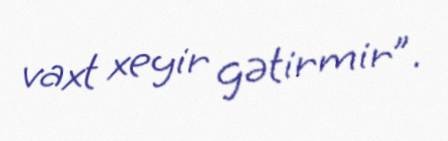
vaxt xeyir gətirmir”.